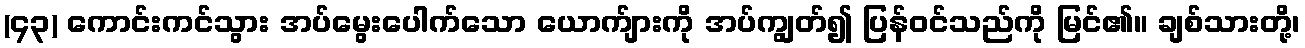
(၄၃) ကောင်းကင်သွား အပ်မွေးပေါက်သော ယောက်ျားကို အပ်ကျွတ်၍ ပြန်ဝင်သည်ကို မြင်၏။ ချစ်သားတို့၊